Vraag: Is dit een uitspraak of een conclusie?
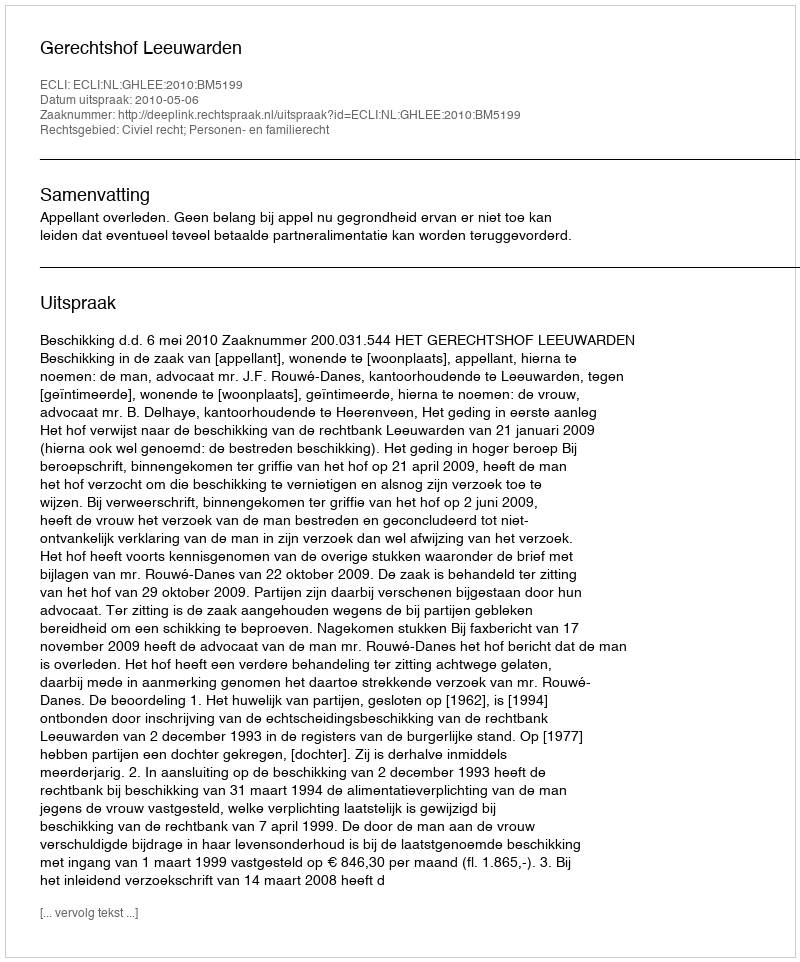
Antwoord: Uitspraak